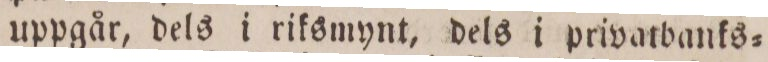
uppgår, dels i riksmynt, dels i privatbanks=